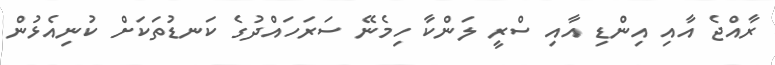
ރާއްޖެ އާއި އިންޑި އާއި ސްރީ ލަންކާ ހިމެނޭ ސަރަހައްދުގެ ކަނޑުތަކަށް ކުނިއެޅުން